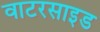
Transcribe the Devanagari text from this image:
वाटरसाइड